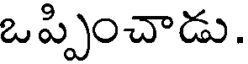
ఒప్పించాడు.